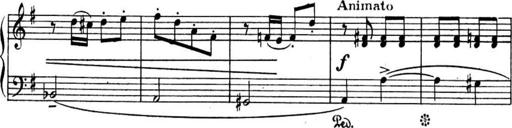
Title: Sonatines
Composer: Hedwige ChrÃ©tien